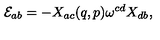
{ \cal E } _ { a b } = - X _ { a c } ( q , p ) \omega ^ { c d } X _ { d b } ,